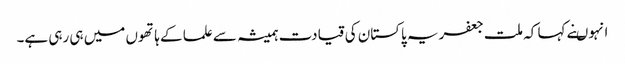
انہوںنے کہا کہ ملت جعفریہ پاکستان کی قیادت ہمیشہ سے علما کے ہاتھوں میں ہی رہی ہے۔